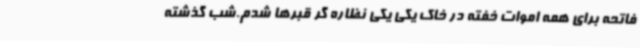
فاتحه برای همه اموات خفته در خاک یکی یکی نظاره گر قبرها شدم.شب گذشته